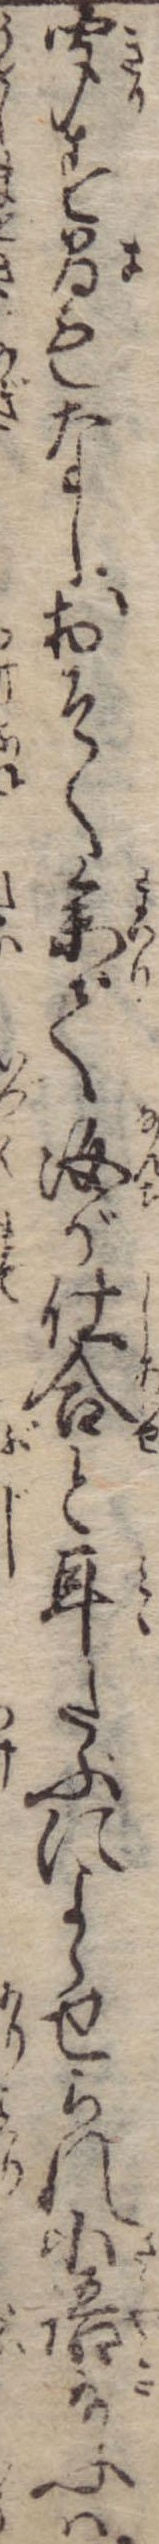
聞す間もなしおそく参て汝が仕合と耳たぶによらせられ小語給ふは